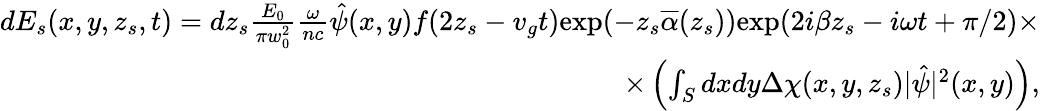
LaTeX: \begin{array}{r}{dE_{s}(x,y,z_{s},t)=dz_{s}\frac{E_{0}}{\pi w_{0}^{2}}\frac{\omega}{nc}\hat{\psi}(x,y)f(2z_{s}-v_{g}t)\mathrm{exp}(-z_{s}\overline{{\alpha}}(z_{s}))\mathrm{exp}(2i\beta z_{s}-i\omega t+\pi/2)\times}\\ {\times\left(\int_{S}dxdy\Delta\chi(x,y,z_{s})|\hat{\psi}|^{2}(x,y)\right),}\end{array}